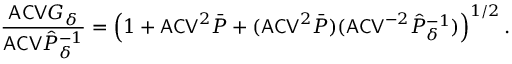
\frac { \mathsf { A C V } G _ { \delta } } { \mathsf { A C V } \hat { P } _ { \delta } ^ { - 1 } } = \left( 1 + \mathsf { A C V } ^ { 2 } \bar { P } + ( \mathsf { A C V } ^ { 2 } \bar { P } ) ( \mathsf { A C V } ^ { - 2 } \hat { P } _ { \delta } ^ { - 1 } ) \right) ^ { 1 / 2 } .